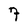
Character: 7